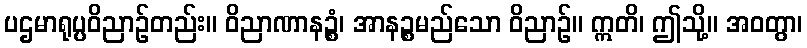
ပဌမာရုပ္ပဝိညာဉ်တည်း။ ဝိညာဏာနဉ္စံ၊ အာနဉ္စမည်သော ဝိညာဉ်။ ဣတိ၊ ဤသို့။ အဝတွာ၊